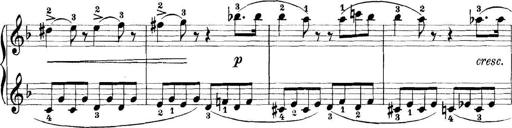
Title: 11 Sonatinas
Composer: Anton Diabelli